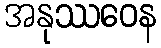
အနုဿဝေန